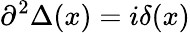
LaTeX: \partial^{2}\Delta(x)=i\delta(x)